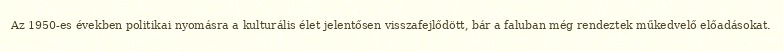
Az 1950-es években politikai nyomásra a kulturális élet jelentősen visszafejlődött, bár a faluban még rendeztek műkedvelő előadásokat.